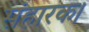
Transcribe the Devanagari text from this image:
संहारक।